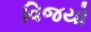
વિજયો